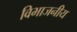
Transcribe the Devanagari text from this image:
विभाजनीय